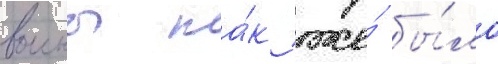
воины та́к же́ бы́ло